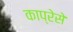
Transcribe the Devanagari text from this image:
काप्रेसे